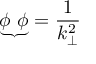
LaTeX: { \underbrace { \phi ~ \phi } } = \frac { 1 } { k _ { \bot } ^ { 2 } }